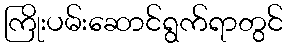
ကြိုးပမ်းဆောင်ရွက်ရာတွင်